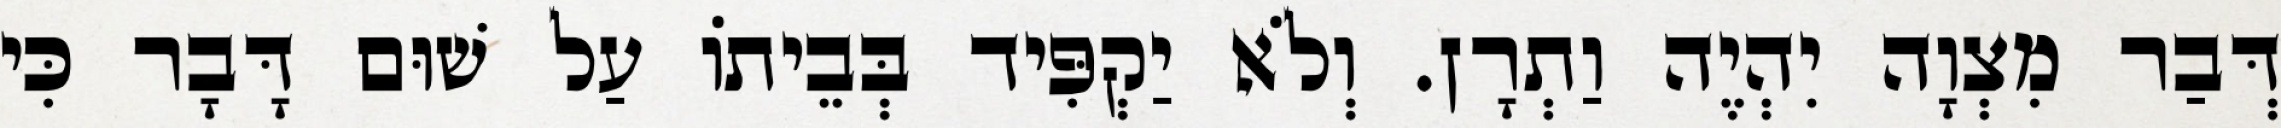
דְּבַר מִצְוָה יִהְיֶה וַתְרָן. וְלֹא יַקְפִּיד בְּבֵיתוֹ עַל שׁוּם דָּבָר כִּי